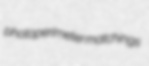
photoperimeter matchings